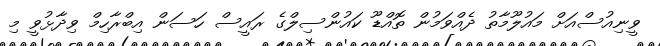
ވީނިއުސްއަށް މައުލޫމާތު ދެއްވަަމުން ތޮއްޑޫ ކައުންސިލްގެ ރައީސް ހަސަން އިބްރާހިމް ވިދާޅުވީ މި